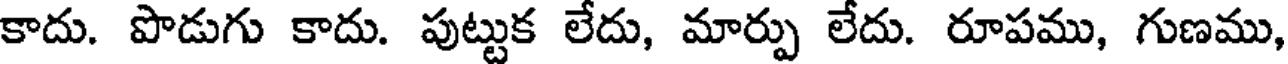
కాదు. పొడుగు కాదు. పుట్టుక లేదు, మార్పు లేదు. రూపము, గుణము,